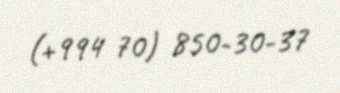
(+994 70) 850-30-37